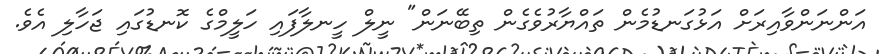
އަންނަންވާއިރަށް އަޅުގަނޑުމެން ތައްޔާރުވެގެން ތިބޭނަން" ނީލް ހީނލާފައި ހަލީމްގެ ކޮނޑުގައި ޖަހާލި އެވެ.